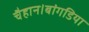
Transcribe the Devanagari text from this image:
चैहान।बांगडिया